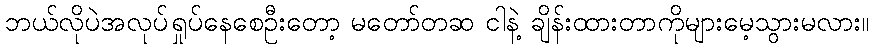
ဘယ်လိုပဲအလုပ်ရှုပ်နေစေဦးတော့ မတော်တဆ ငါနဲ့ ချိန်းထားတာကိုများမေ့သွားမလား။